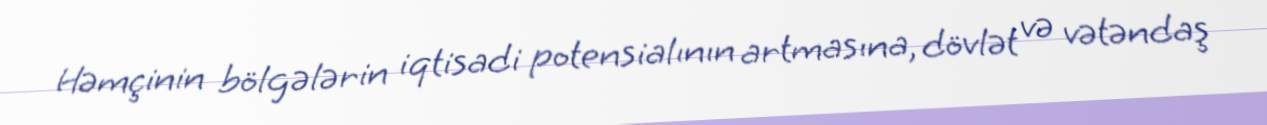
Həmçinin bölgələrin iqtisadi potensialının artmasına, dövlət və vətəndaş